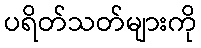
ပရိတ်သတ်များကို